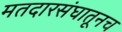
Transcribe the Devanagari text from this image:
मतदारसंघातूनच